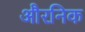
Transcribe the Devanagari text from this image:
औरनिक